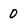
Character: 0